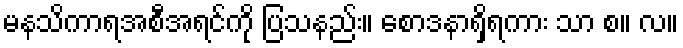
မနသိကာရအစီအရင်ကို ပြသနည်း။ စောဒနာရှိရကား သာ စ။ လ။